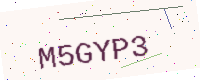
Text: M5GYP3